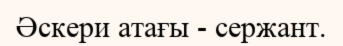
Әскери атағы - сержант.